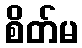
စိတ်မ